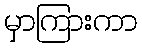
မှာကြားကာ